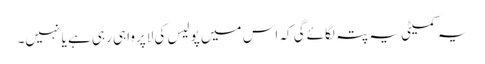
یہ کمیٹی یہ پتہ لگائےگی کہ اس میں پولیس کی لاپرواہی رہی ہے یا نہیں۔